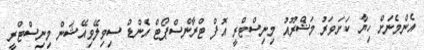
އެންމެނަށް ހިޔާ ކަށަވަރު މަޝްރޫއު މިނިސްޓްރީ އޮފް ޓްރާންސްޕޯޓް އެންޑް ސިވިލޭވިއޭޝަން މިނިސްޓްރީ